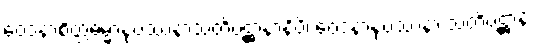
ဝေဒနာစိတ္တဓမ္မာနုပဿနာသတိပဋ္ဌာနာနိပိ၊ ဝေဒနာနုပဿနာ သတိပဋ္ဌာန်